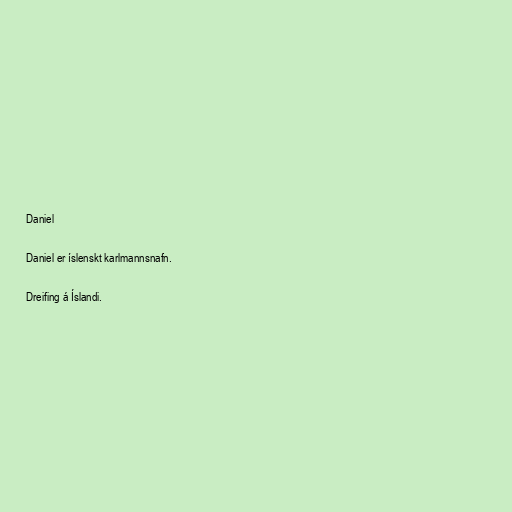
Daniel

Daniel er íslenskt karlmannsnafn.

Dreifing á Íslandi.